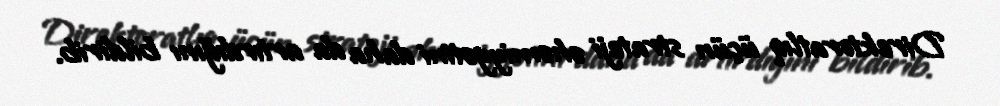
Direktoratlıq üçün strateji əhəmiyyətini daha da artırdığını bildirib.